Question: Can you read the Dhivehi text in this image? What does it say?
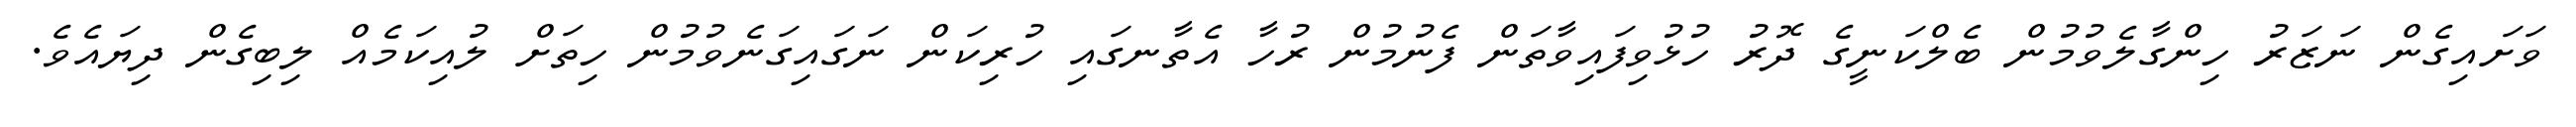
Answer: ވަށައިގެން ނަޒަރު ހިންގާލެވުމުން ބެލްކަނީގެ ދޮރު ހުޅުވިފައިވާތަން ފެނުމުން ރުހާ އެތާނގައި ހުރިކަން ނަގައިގަނެވުމުން ހިތަށް ލުއިކަމެއް ލިބިގެން ދިޔައެވެ.